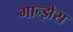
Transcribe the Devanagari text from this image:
गान्झेस